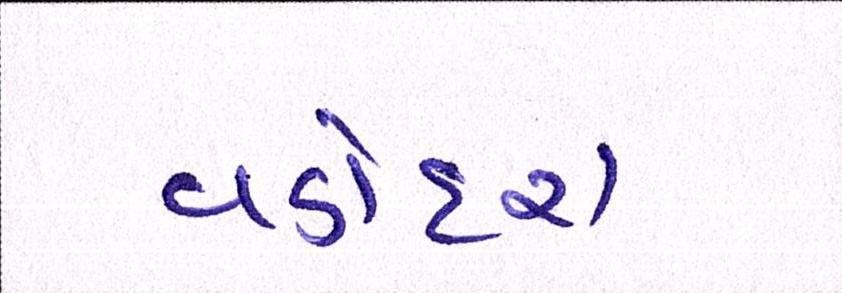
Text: વડોદરા